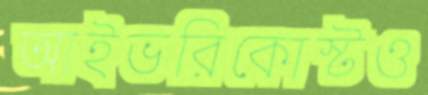
আইভরিকোস্টও